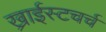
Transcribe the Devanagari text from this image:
ख्राईस्टचर्च